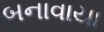
બનાવાયા